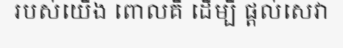
របស់យើង ពោលគឺ ដើម្បី ផ្តល់សេវា